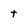
Character: t